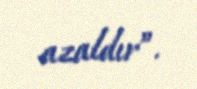
azaldır”.